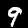
Label: 9